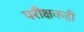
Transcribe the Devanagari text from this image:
परीक्षकही